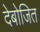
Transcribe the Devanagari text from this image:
देबोजित